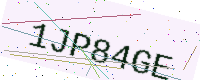
Text: 1JP84GE